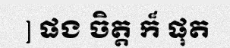
] ផង ចិត្ត ក៏ ផុត